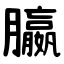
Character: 䑉